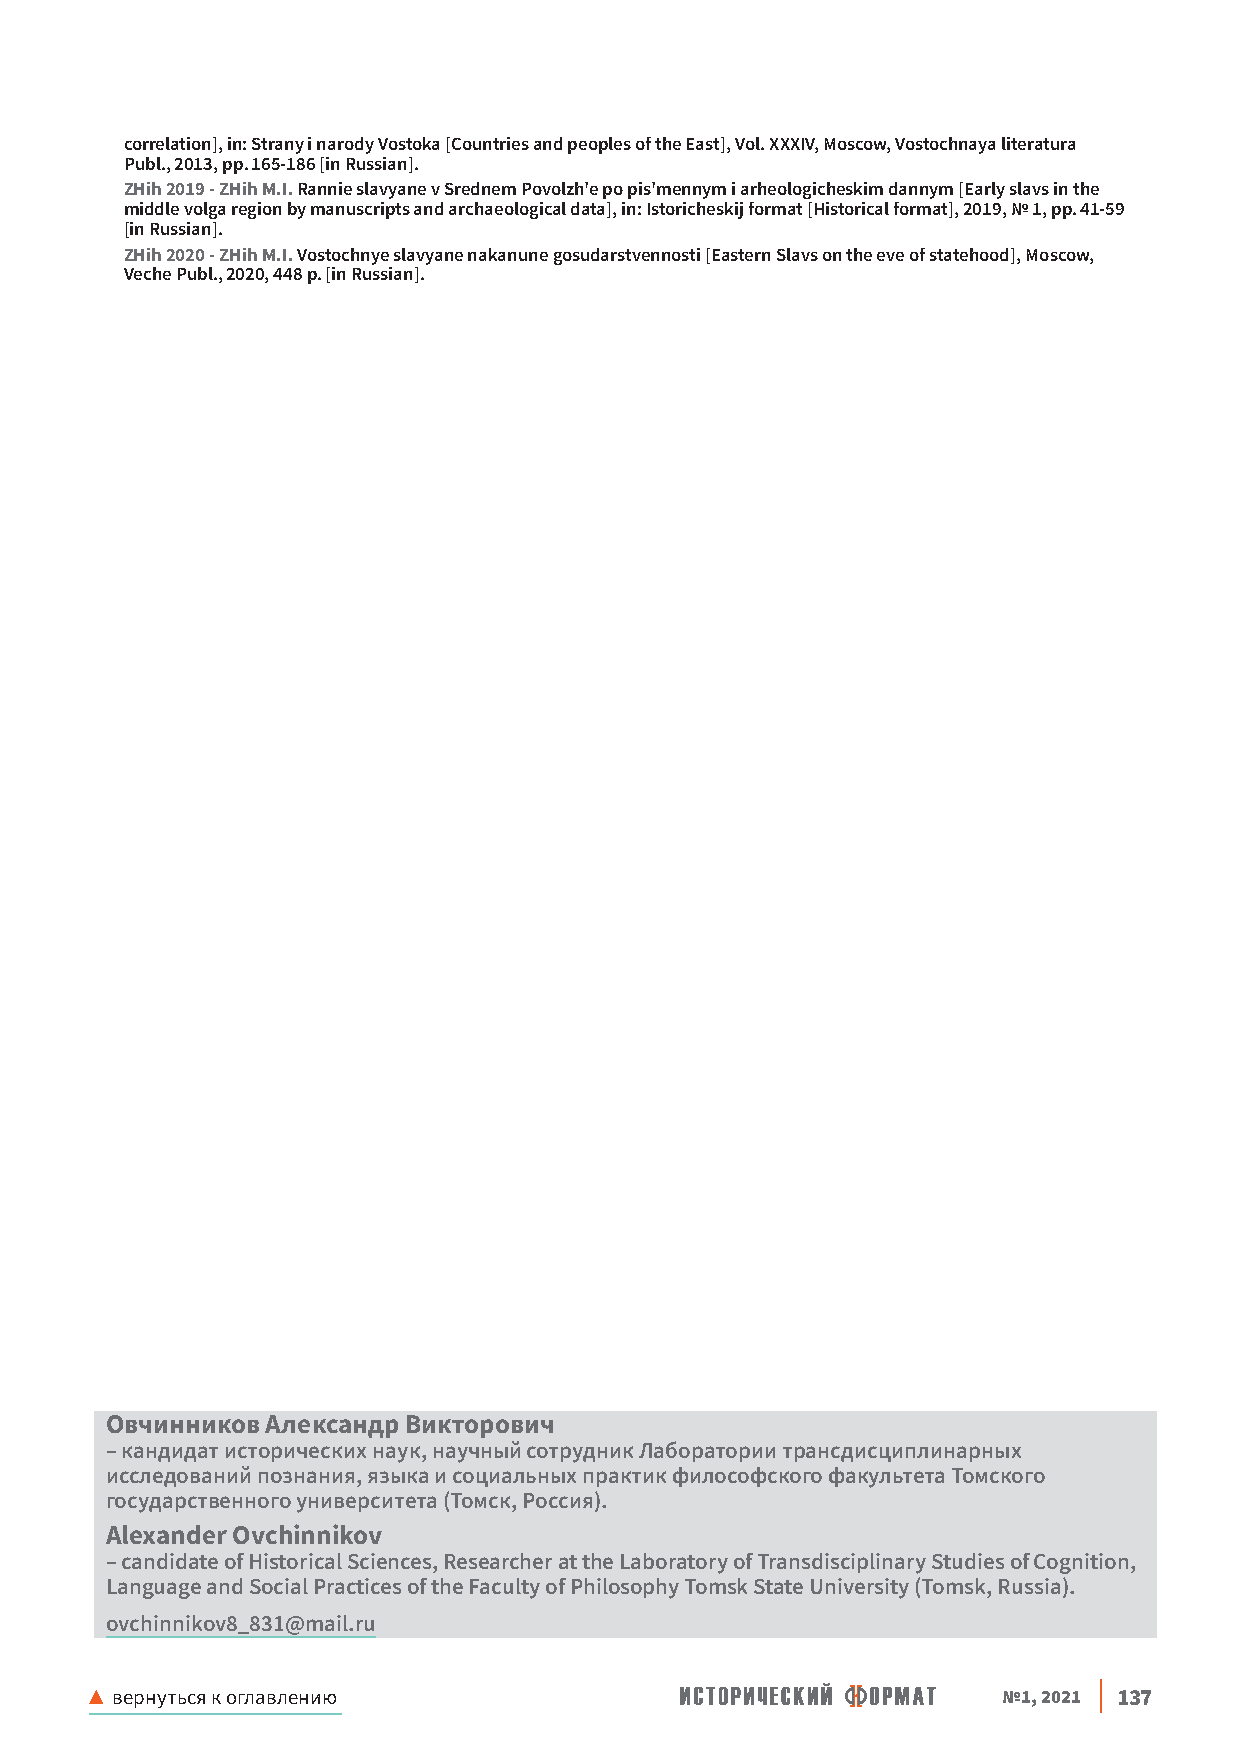
correlation], in: Strany i narody Vostoka [Countries and peoples of the East], Vol XXXIV, Moscow, Vostochnaya literatura
 Publ , 2013, pp 165-186 [in Russian]
 ZHih 2019 - ZHih M.I. Rannie slavyane v Srednem Povolzh'e po pis'mennym i arheologicheskim dannym [Early slavs in the
 middle volga region by manuscripts and archaeological data], in: Istoricheskij format [Historical format], 2019, № 1, pp 41-59
 [in Russian]
 ZHih 2020 - ZHih M.I. Vostochnye slavyane nakanune gosudarstvennosti [Eastern Slavs on the eve of statehood], Moscow,
 Veche Publ , 2020, 448 p [in Russian]
 Овчинников Александр Викторович
 – кандидат исторических наук, научный сотрудник Лаборатории трансдисциплинарных
 исследований познания, языка и социальных практик философского факультета Томского
 государственного университета (Томск, Россия)
 Alexander Ovchinnikov
 – candidate of Historical Sciences, Researcher at the Laboratory of Transdisciplinary Studies of Cognition,
 Language and Social Practices of the Faculty of Philosophy Tomsk State University (Tomsk, Russia)
 ovchinnikov8_831@mail ru
 ▲ вернуться к оглавлению                                    №1, 2021 137